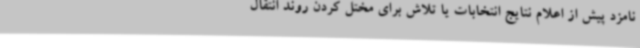
نامزد پیش از اعلام نتایج انتخابات یا تلاش برای مختل کردن روند انتقال